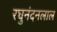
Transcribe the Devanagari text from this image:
रघुनंदनलाल